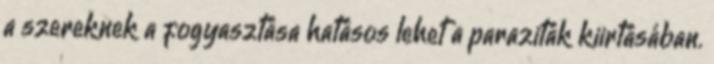
a szereknek a fogyasztása hatásos lehet a paraziták kiirtásában.